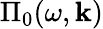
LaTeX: \Pi_{0}(\omega,\boldsymbol{\mathbf{k}})